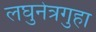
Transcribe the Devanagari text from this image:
लघुनेत्रगुहा